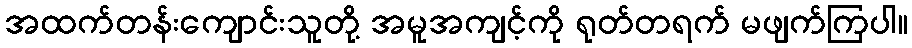
အထက်တန်းကျောင်းသူတို့ အမူအကျင့်ကို ရုတ်တရက် မဖျက်ကြပါ။